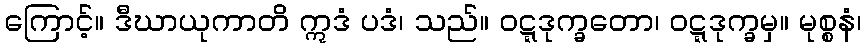
ကြောင့်။ ဒီဃာယုကာတိ ဣဒံ ပဒံ၊ သည်။ ဝဋ္ဋဒုက္ခတော၊ ဝဋ္ဋဒုက္ခမှ။ မုစ္စနံ၊